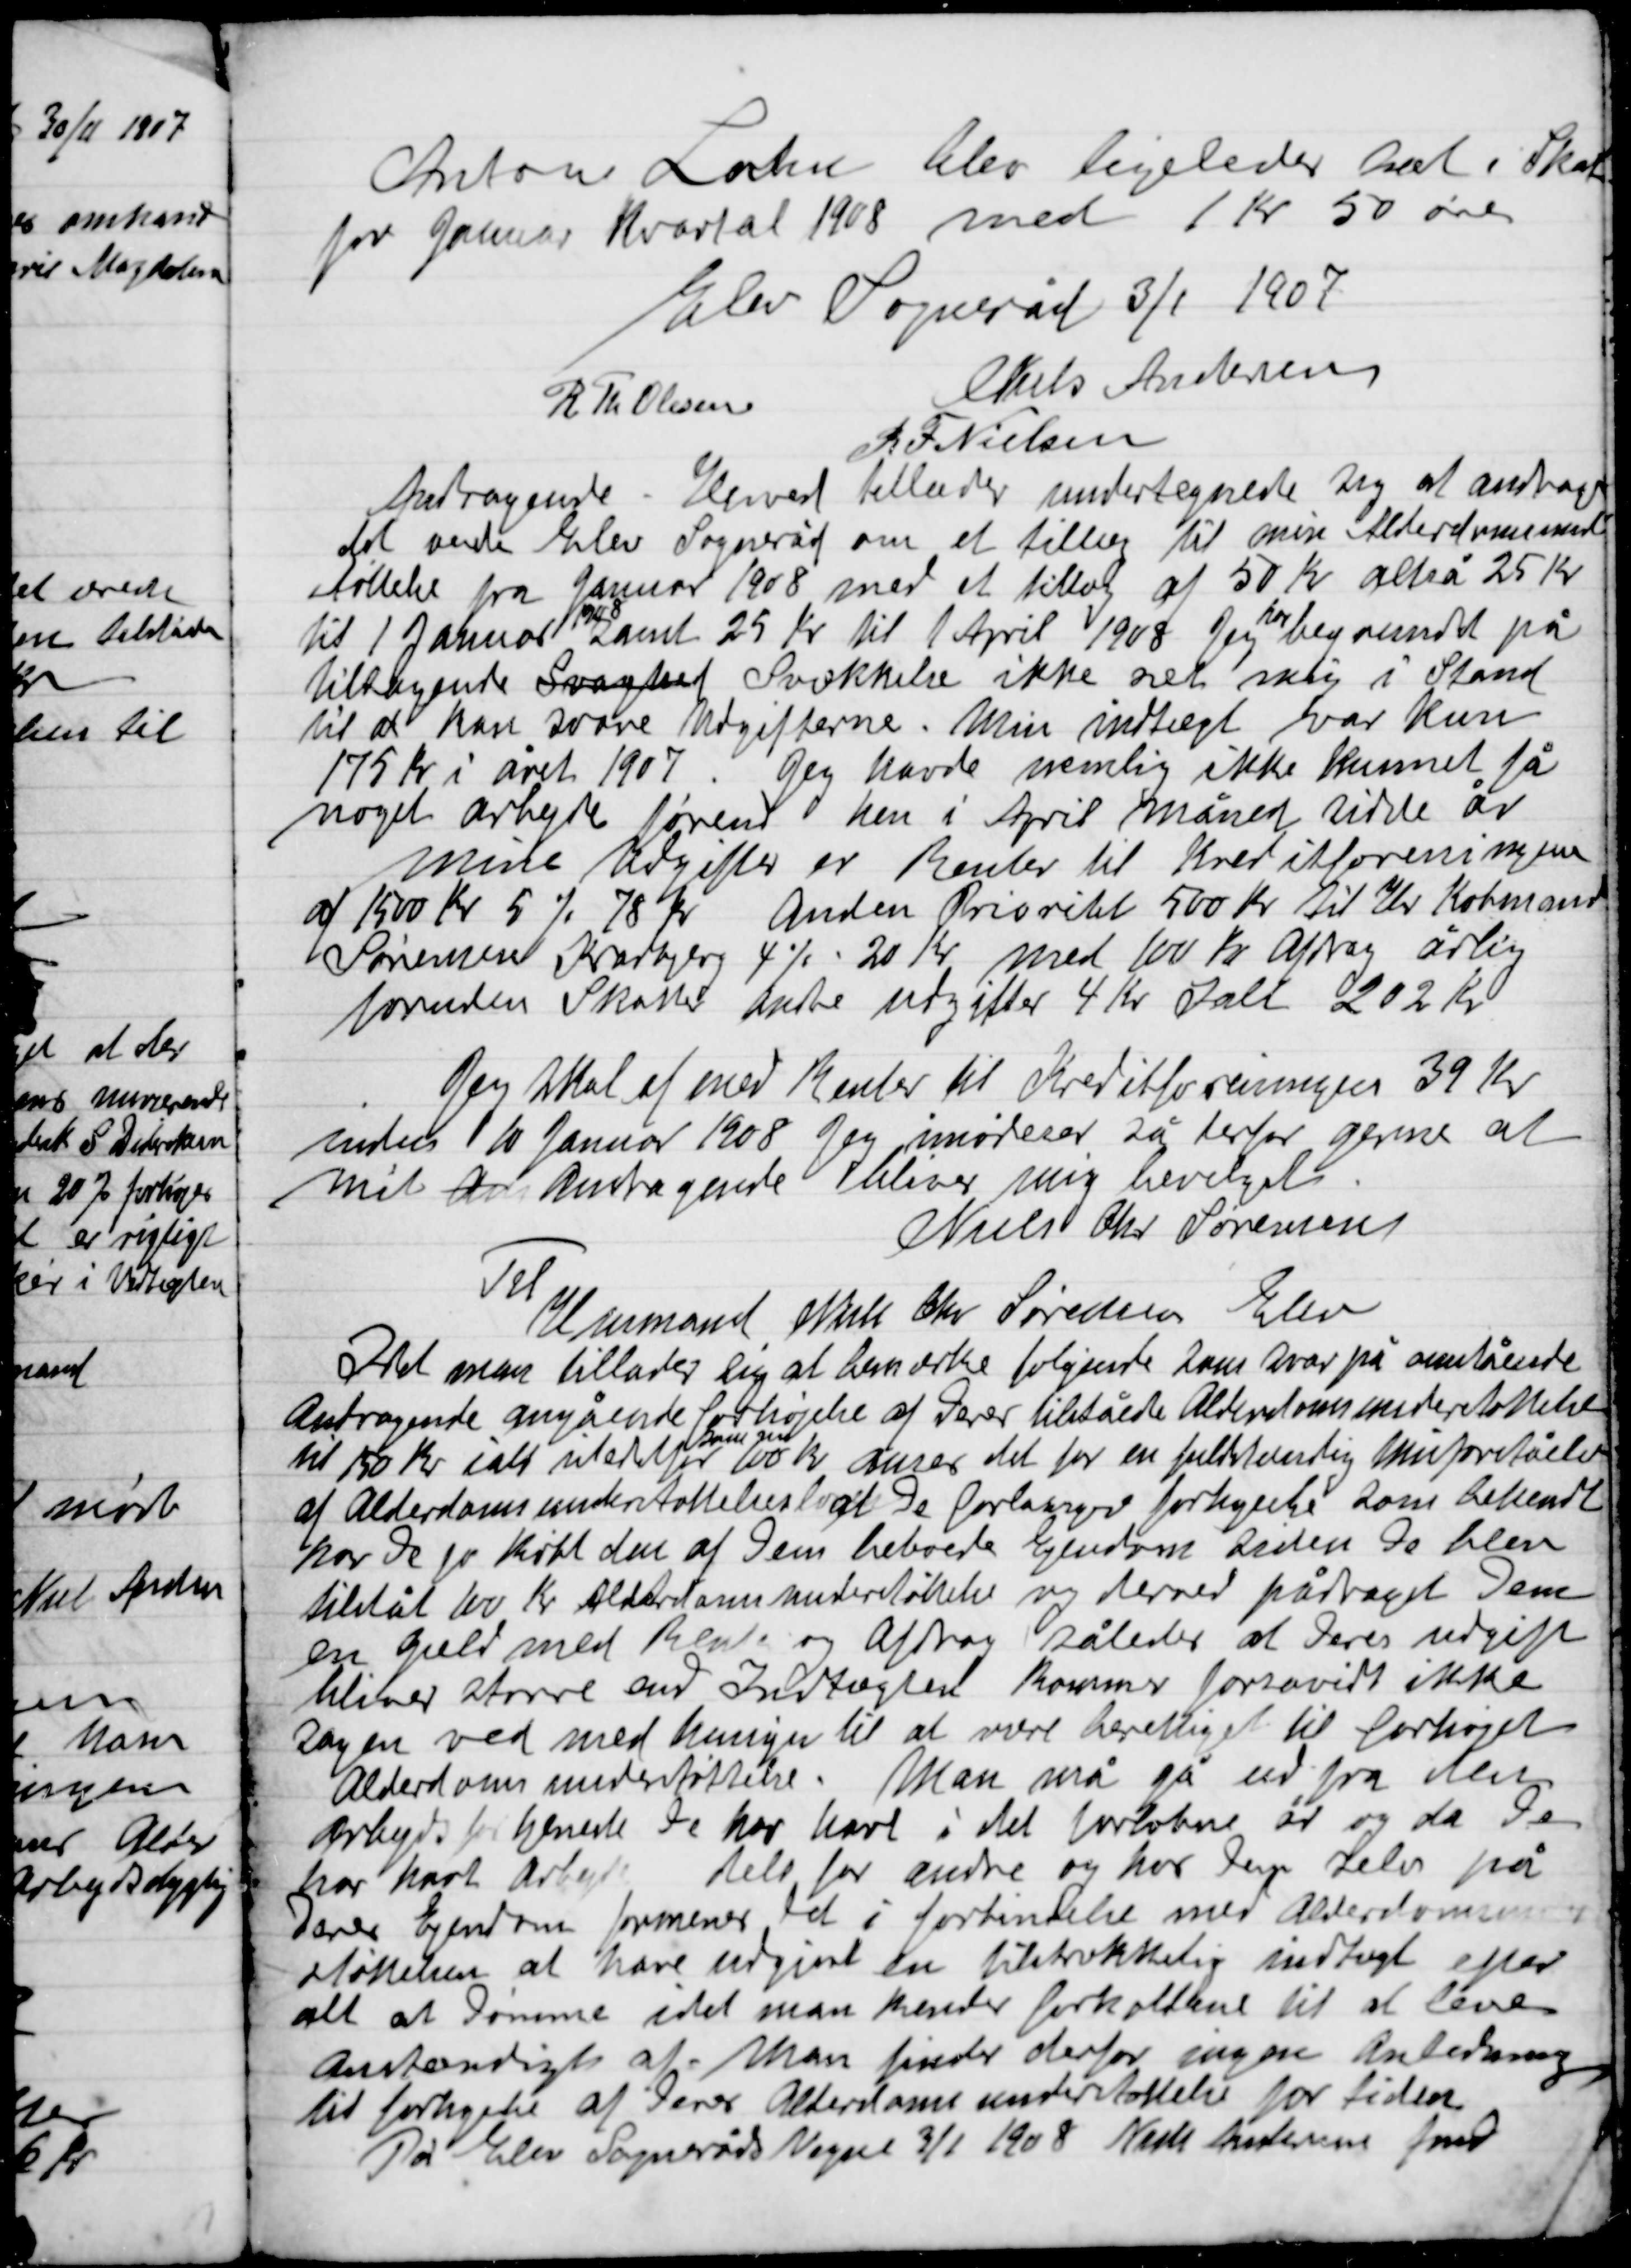
Transskription:
Anton Larsen blev ligeledes Sat i Skat
for Januar Kvartal 1908 med 1 Kr. 50 øre

Elev Sogneråd 3/1 1907

Niels Andersen
R. Th. Olsen
R. F. Nielsen

Andragende Herved tillader undertegnede sig at andrage
det ærede Elev Sogneråd om et tillæg til min Alderdomsunder-
støttelse fra Januar 1908 med et tillæg af 50 Kr. altså 25 Kr.
til 1 Januar
1908
samt 25 Kr. til 1 April 1908. Jeg har begøndt på
tiltagende Svaghed Svækkelse ikke  i Stand
til at kan svare Udgifterne. Min indtægt var kun
175 Kr. i året 1907. Jeg havde samtidig ikke kunnet få
noget arbejde førend hen i April måned sidste år
Mine Udgifter er Renter til Kreditforeningerne
af 1500 Kr. 5 %  78 Kr. Anden Prioritet 500 Kr. til Hr. Købmand
Sørensen Kralbjerg 4 %  20 Kr. med 100 Kr. Afdrag årlig
foruden Skatter andre udgifter 4 Kr. I alt 202 Kr.
Jeg skal af med Renter til Kreditforeningen 39 Kr.
Inden 10 Januar 1908 Jeg imødeser så derfor gerne at
mit Andragende bliver mig bevilliget
Niels Chr. Sørensen

Til
Ml mmand Niels Chr. Sørensen Elev
Idet man tillade sig at bemærke som svar på ovenstående
Andragende angående forhøjelse af tilståede Alderdomsunderstøttelse
til 150 Kr.  i alt i stedet for
som før
100 Kr. anses det for en fuldstændig misforståelse
af Alderdomsunderstøttelsen at De forlanger for agtelse som bekendt
har De jo købt den af Dem herboende Ejendom siden De blev
tilstået 100 Kr. Alderdomsunderstøttelse sig derved påtaget Dem
en Gæld med Renter og Afdrag således at Deres udgifter
bliver større end Indtægter kommer for så vidt ikke
Sagen ved med hensyn til at være berettiget til forhøjet
Alderdomsunderstøttelse. Man må gå ud fra den
Arbejdsfortjeneste De har været i forløbende år og da Den
har kort Arbejde dels for andre og hver Dag selv på
Deres Ejendom formenes det i forbindelse med Alderdomsunder-
støttelsen at have udgjort en tilstrækkelig indtægt efter
alt at Dømme idet man kender forholdene til at leve
Anstændigt at man finder derfor ingen Anledning
til forhøjelse af Deres Alderdomsunderstøttelse for tiden.
På elevs Sogneråds Vegne 3/1 1908 Niels Andersen fmd.